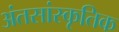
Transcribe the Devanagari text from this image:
अंतसांस्कृतिक